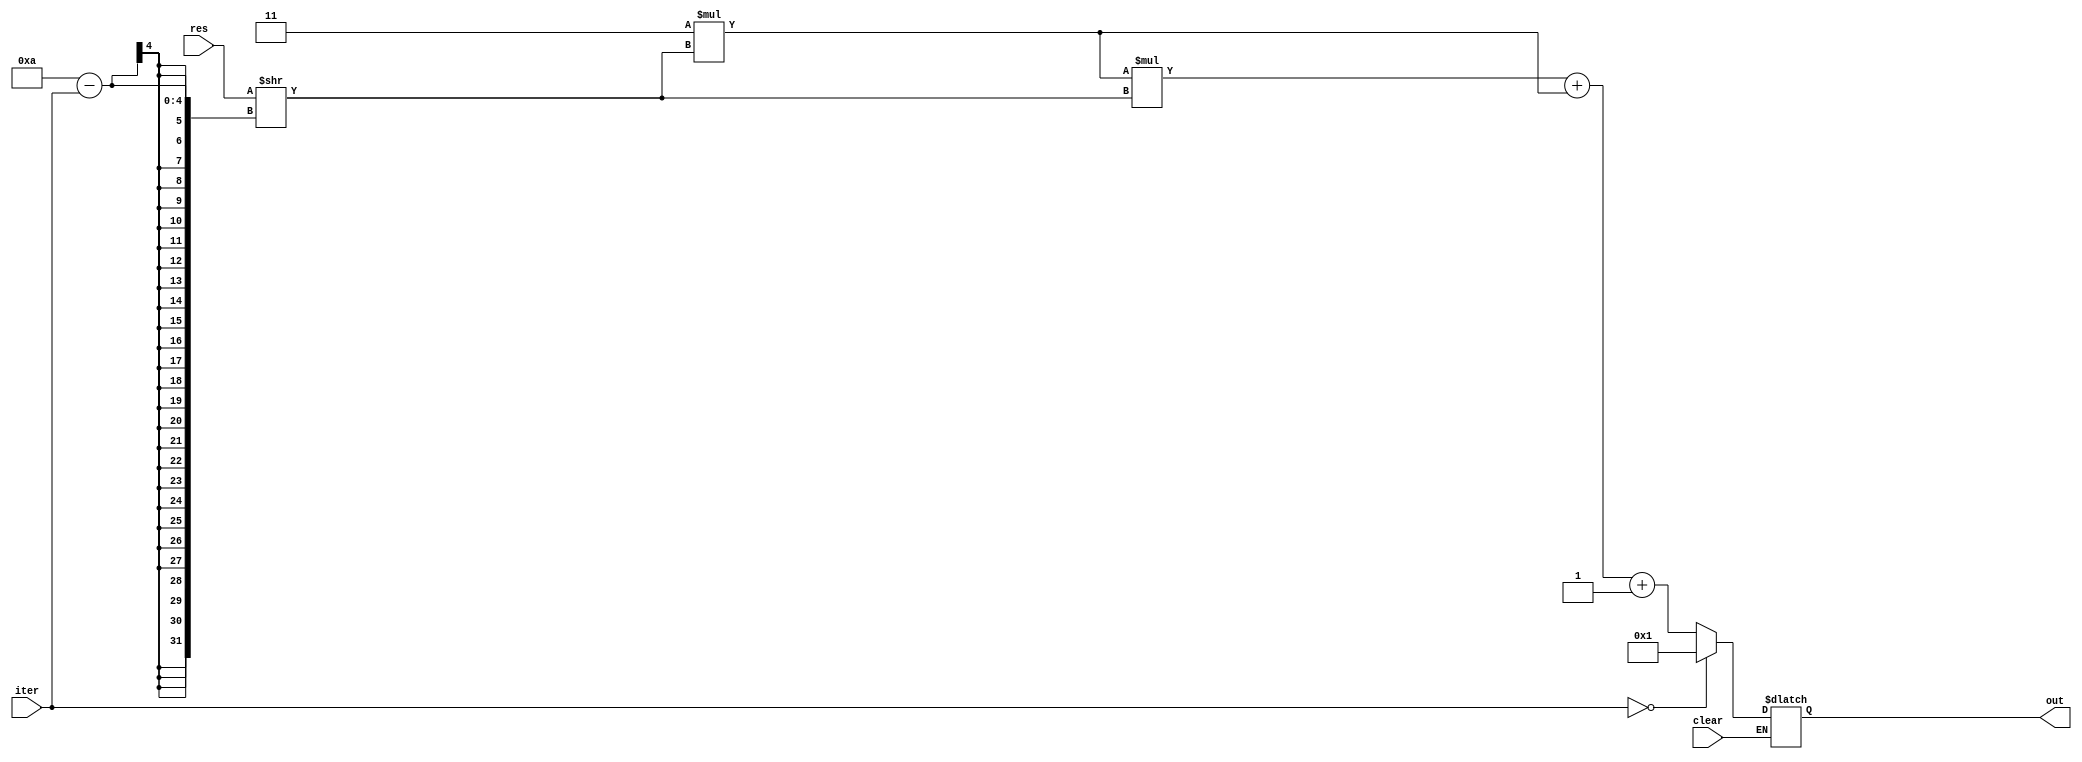
module Factor_Generator (out, res, iter, clear);

    input [10:0] res;
    input [3:0] iter;
    input clear;

    output reg [32:0] out;

    reg [31:0] a;
    reg [31:0] con;

    always @ (iter or clear)
    begin
        if (clear == 1'b1)
        begin
            a = 31'b0;
        end
        else
        begin
            if (iter == 0)
                out = 33'd1;
            else
            begin
                a = res;
                a = a >> (10 - iter);
               // a = a << 1;
                out = 3*a*a + 3*a + 1;
            end
        end
    end

endmodule